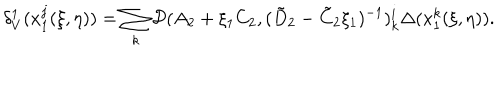
LaTeX: \delta _ { V } ^ { 1 } ( x _ { 1 } ^ { j } ( \xi , \eta ) ) = \sum _ { k } { \cal D } ( A _ { 2 } + \xi _ { 1 } C _ { 2 } , ( \tilde { D } _ { 2 } - \tilde { C } _ { 2 } \xi _ { 1 } ) ^ { - 1 } ) _ { k } ^ { i } \Delta ( x _ { 1 } ^ { k } ( \xi , \eta ) ) .